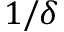
1 / \delta